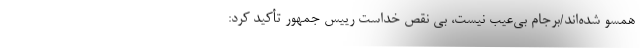
همسو شده‌اند/برجام بی‌عیب نیست، بی نقص خداست رییس جمهور تأکید کرد: